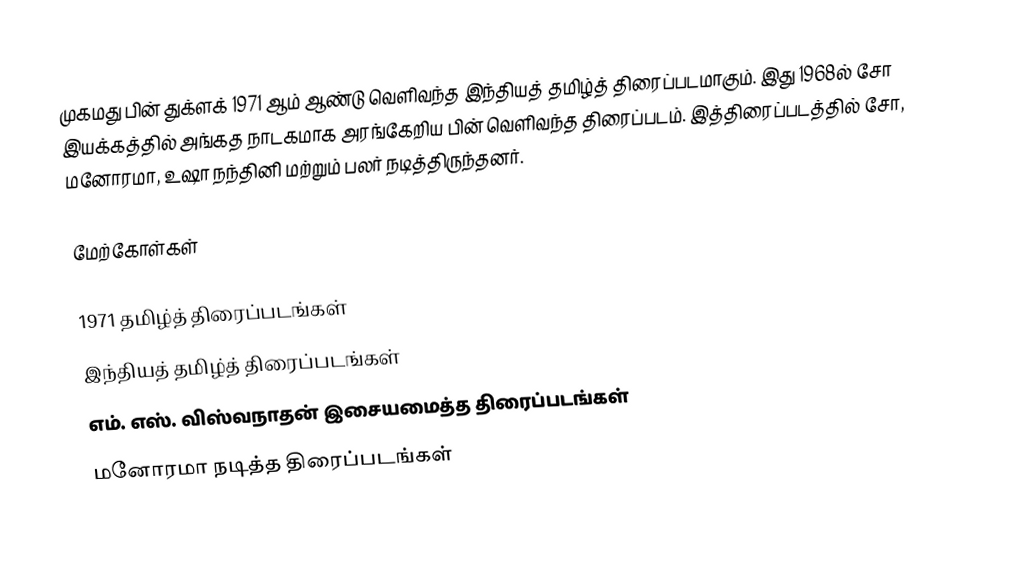
முகமது பின் துக்ளக் 1971 ஆம் ஆண்டு வெளிவந்த இந்தியத் தமிழ்த் திரைப்படமாகும். இது 1968ல் சோ இயக்கத்தில் அங்கத நாடகமாக அரங்கேறிய பின் வெளிவந்த  திரைப்படம். இத்திரைப்படத்தில் சோ, மனோரமா, உஷா நந்தினி மற்றும் பலர் நடித்திருந்தனர்.

மேற்கோள்கள்

1971 தமிழ்த் திரைப்படங்கள்
இந்தியத் தமிழ்த் திரைப்படங்கள்
எம். எஸ். விஸ்வநாதன் இசையமைத்த திரைப்படங்கள்
மனோரமா நடித்த திரைப்படங்கள்